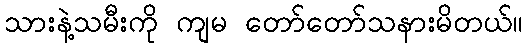
သားနဲ့သမီးကို ကျမ တော်တော်သနားမိတယ်။